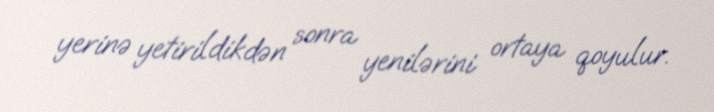
yerinə yetirildikdən sonra yenilərini ortaya qoyulur.